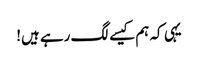
یہی کہ ہم کیسے لگ رہے ہیں!